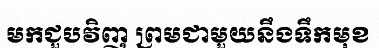
មកជួបវិញ ព្រមជាមួយនឹងទឹកមុខ